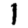
Digit: 1